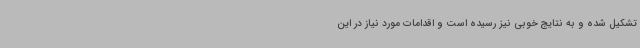
تشکیل شده و به نتایج خوبی نیز رسیده است و اقدامات مورد نیاز در این